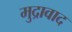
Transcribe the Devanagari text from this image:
मुद्रावाद